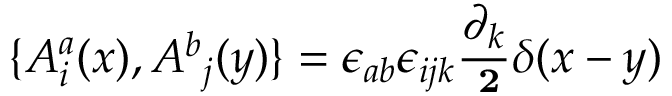
\{ { A _ { i } ^ { a } } ( x ) , { A ^ { b } } _ { j } ( y ) \} = { \epsilon _ { a b } } { \epsilon _ { i j k } } { \frac { \partial _ { k } } { \bf \nabla ^ { 2 } } } \delta ( x - y )